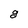
Character: 8